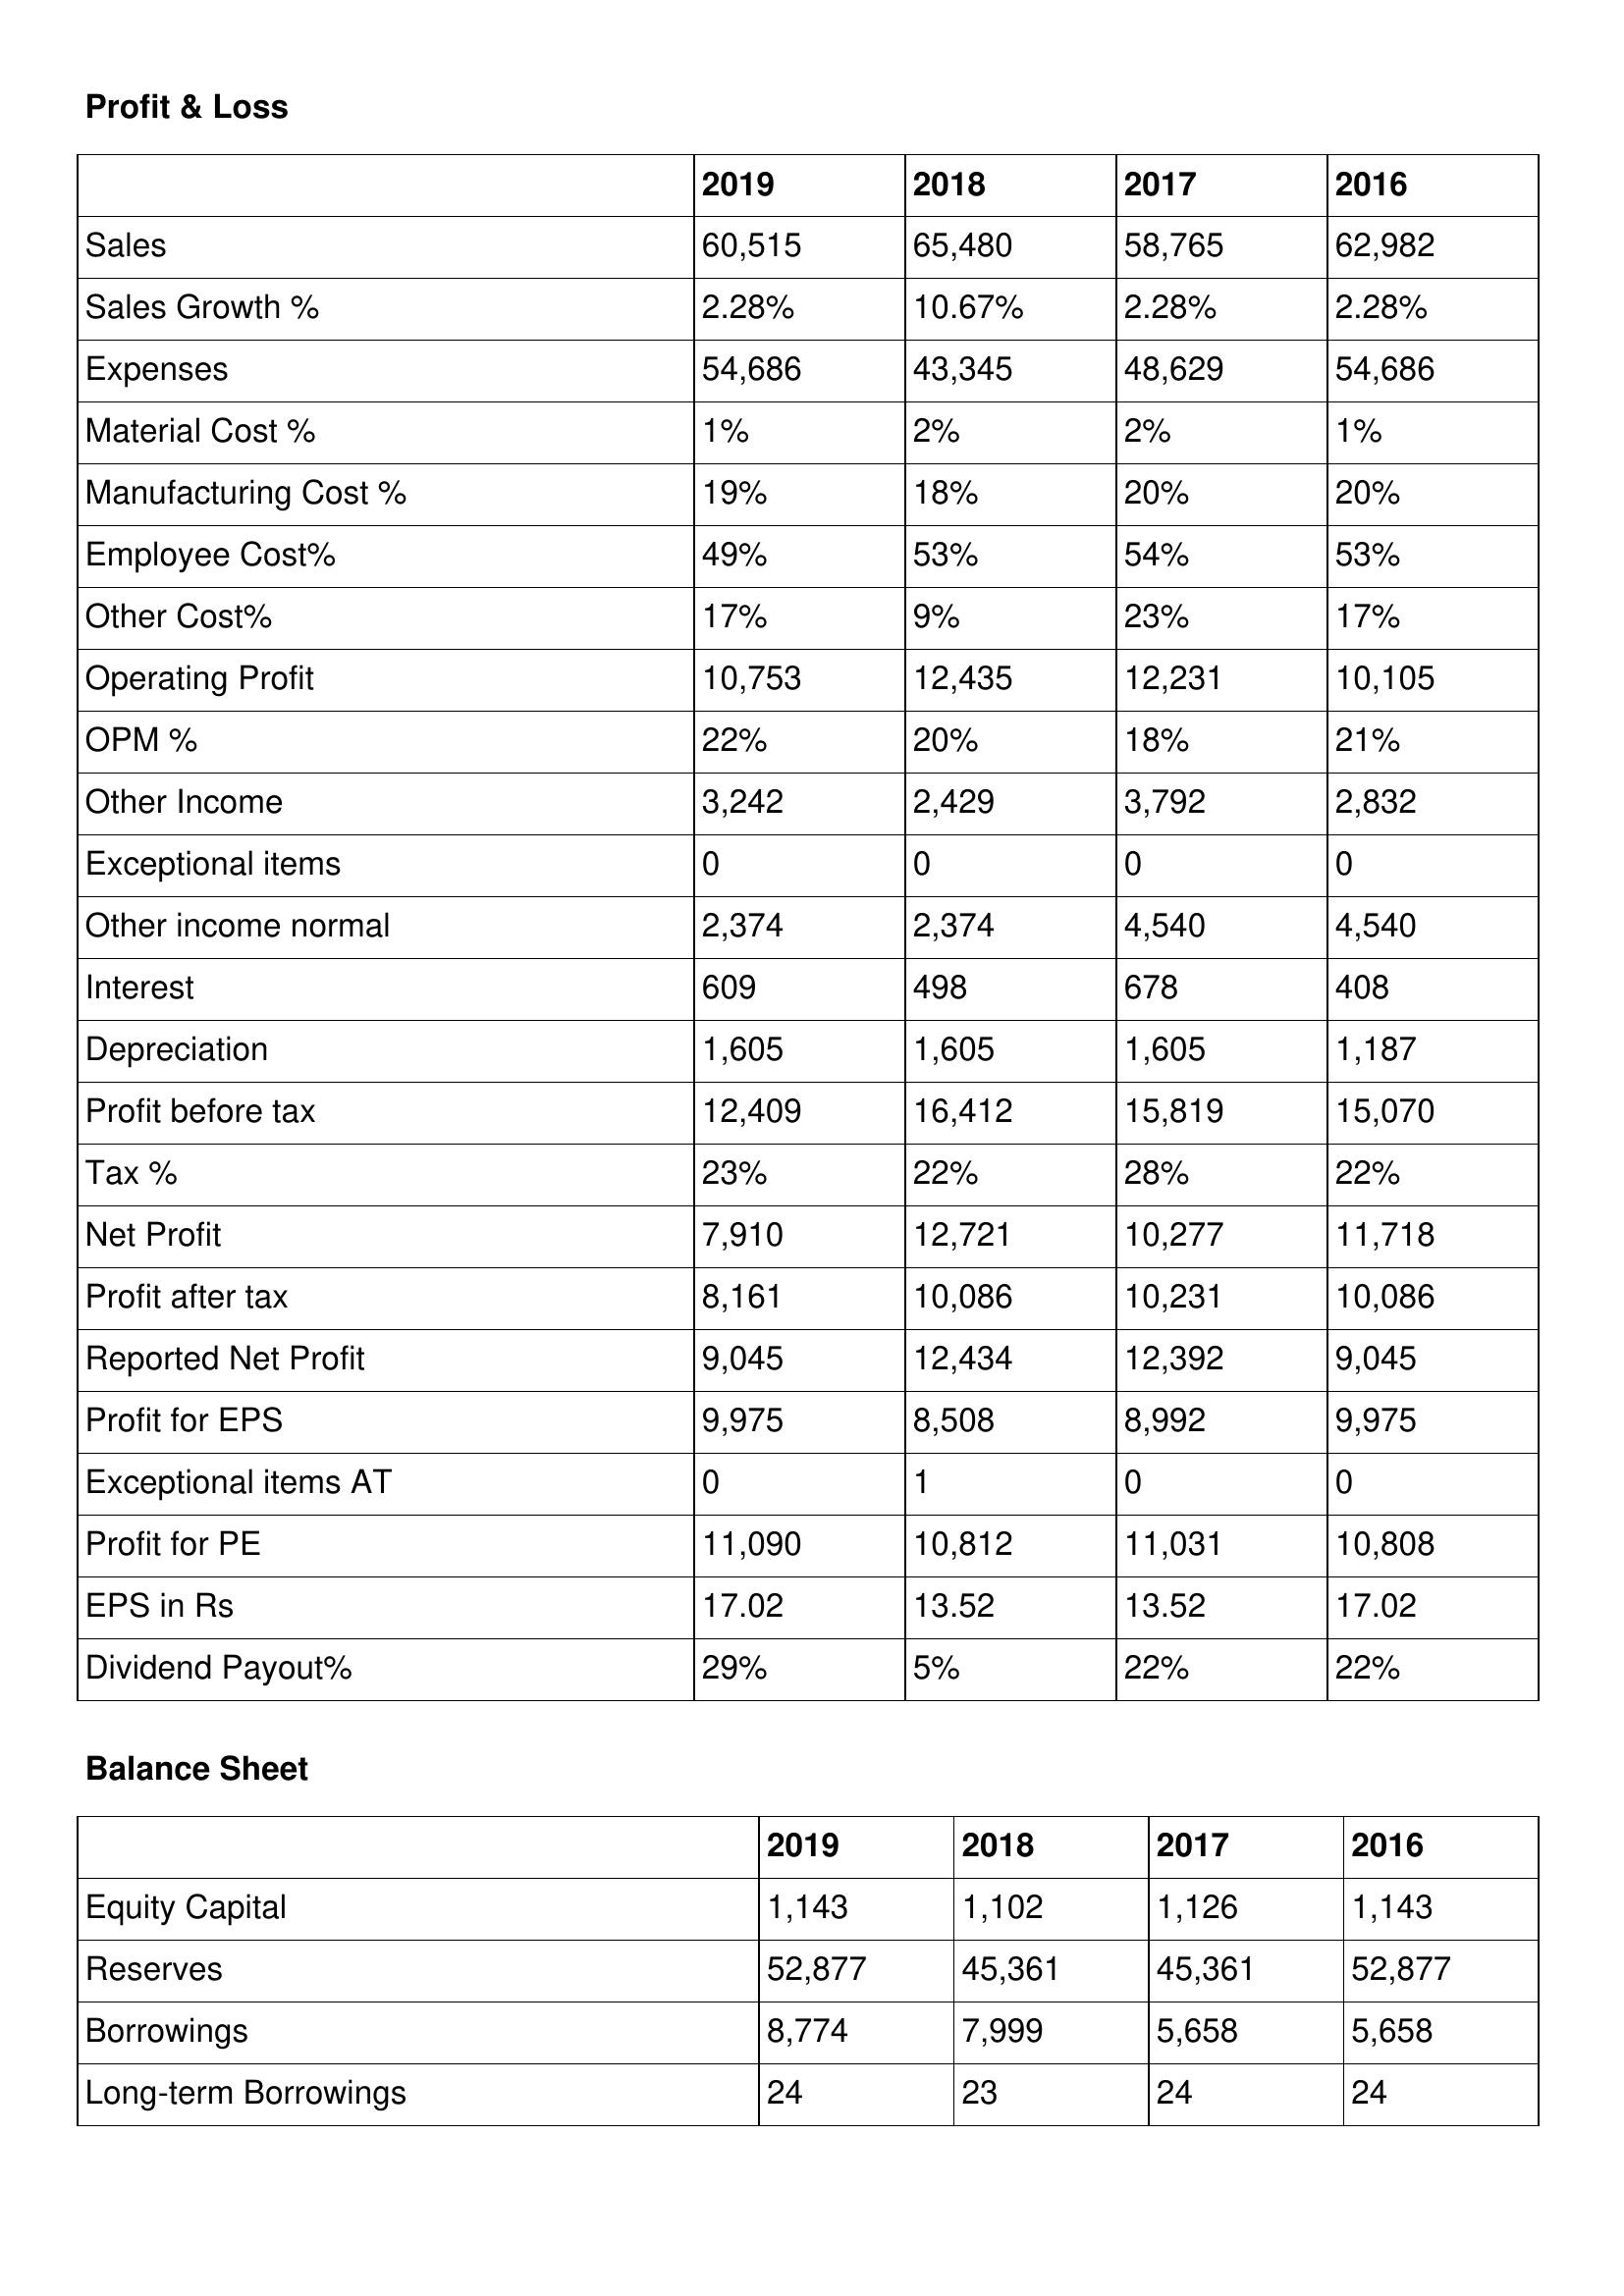
gt_parse: 2019: Profit & Loss: Sales: 60,515
Sales Growth %: 2.28%
Expenses: 54,686
Material Cost %: 1%
Manufacturing Cost %: 19%
Employee Cost%: 49%
Other Cost%: 17%
Operating Profit: 10,753
OPM %: 22%
Other Income: 3,242
Exceptional items: 0
Other income normal: 2,374
Interest: 609
Depreciation: 1,605
Profit before tax: 12,409
Tax %: 23%
Net Profit: 7,910
Profit after tax: 8,161
Reported Net Profit: 9,045
Profit for EPS: 9,975
Exceptional items AT: 0
Profit for PE: 11,090
EPS in Rs: 17.02
Dividend Payout%: 29%
Balance Sheet: Equity Capital: 1,143
Reserves: 52,877
Borrowings: 8,774
Long-term Borrowings: 24
2018: Profit & Loss: Sales: 65,480
Sales Growth %: 10.67%
Expenses: 43,345
Material Cost %: 2%
Manufacturing Cost %: 18%
Employee Cost%: 53%
Other Cost%: 9%
Operating Profit: 12,435
OPM %: 20%
Other Income: 2,429
Exceptional items: 0
Other income normal: 2,374
Interest: 498
Depreciation: 1,605
Profit before tax: 16,412
Tax %: 22%
Net Profit: 12,721
Profit after tax: 10,086
Reported Net Profit: 12,434
Profit for EPS: 8,508
Exceptional items AT: 1
Profit for PE: 10,812
EPS in Rs: 13.52
Dividend Payout%: 5%
Balance Sheet: Equity Capital: 1,102
Reserves: 45,361
Borrowings: 7,999
Long-term Borrowings: 23
2017: Profit & Loss: Sales: 58,765
Sales Growth %: 2.28%
Expenses: 48,629
Material Cost %: 2%
Manufacturing Cost %: 20%
Employee Cost%: 54%
Other Cost%: 23%
Operating Profit: 12,231
OPM %: 18%
Other Income: 3,792
Exceptional items: 0
Other income normal: 4,540
Interest: 678
Depreciation: 1,605
Profit before tax: 15,819
Tax %: 28%
Net Profit: 10,277
Profit after tax: 10,231
Reported Net Profit: 12,392
Profit for EPS: 8,992
Exceptional items AT: 0
Profit for PE: 11,031
EPS in Rs: 13.52
Dividend Payout%: 22%
Balance Sheet: Equity Capital: 1,126
Reserves: 45,361
Borrowings: 5,658
Long-term Borrowings: 24
2016: Profit & Loss: Sales: 62,982
Sales Growth %: 2.28%
Expenses: 54,686
Material Cost %: 1%
Manufacturing Cost %: 20%
Employee Cost%: 53%
Other Cost%: 17%
Operating Profit: 10,105
OPM %: 21%
Other Income: 2,832
Exceptional items: 0
Other income normal: 4,540
Interest: 408
Depreciation: 1,187
Profit before tax: 15,070
Tax %: 22%
Net Profit: 11,718
Profit after tax: 10,086
Reported Net Profit: 9,045
Profit for EPS: 9,975
Exceptional items AT: 0
Profit for PE: 10,808
EPS in Rs: 17.02
Dividend Payout%: 22%
Balance Sheet: Equity Capital: 1,143
Reserves: 52,877
Borrowings: 5,658
Long-term Borrowings: 24